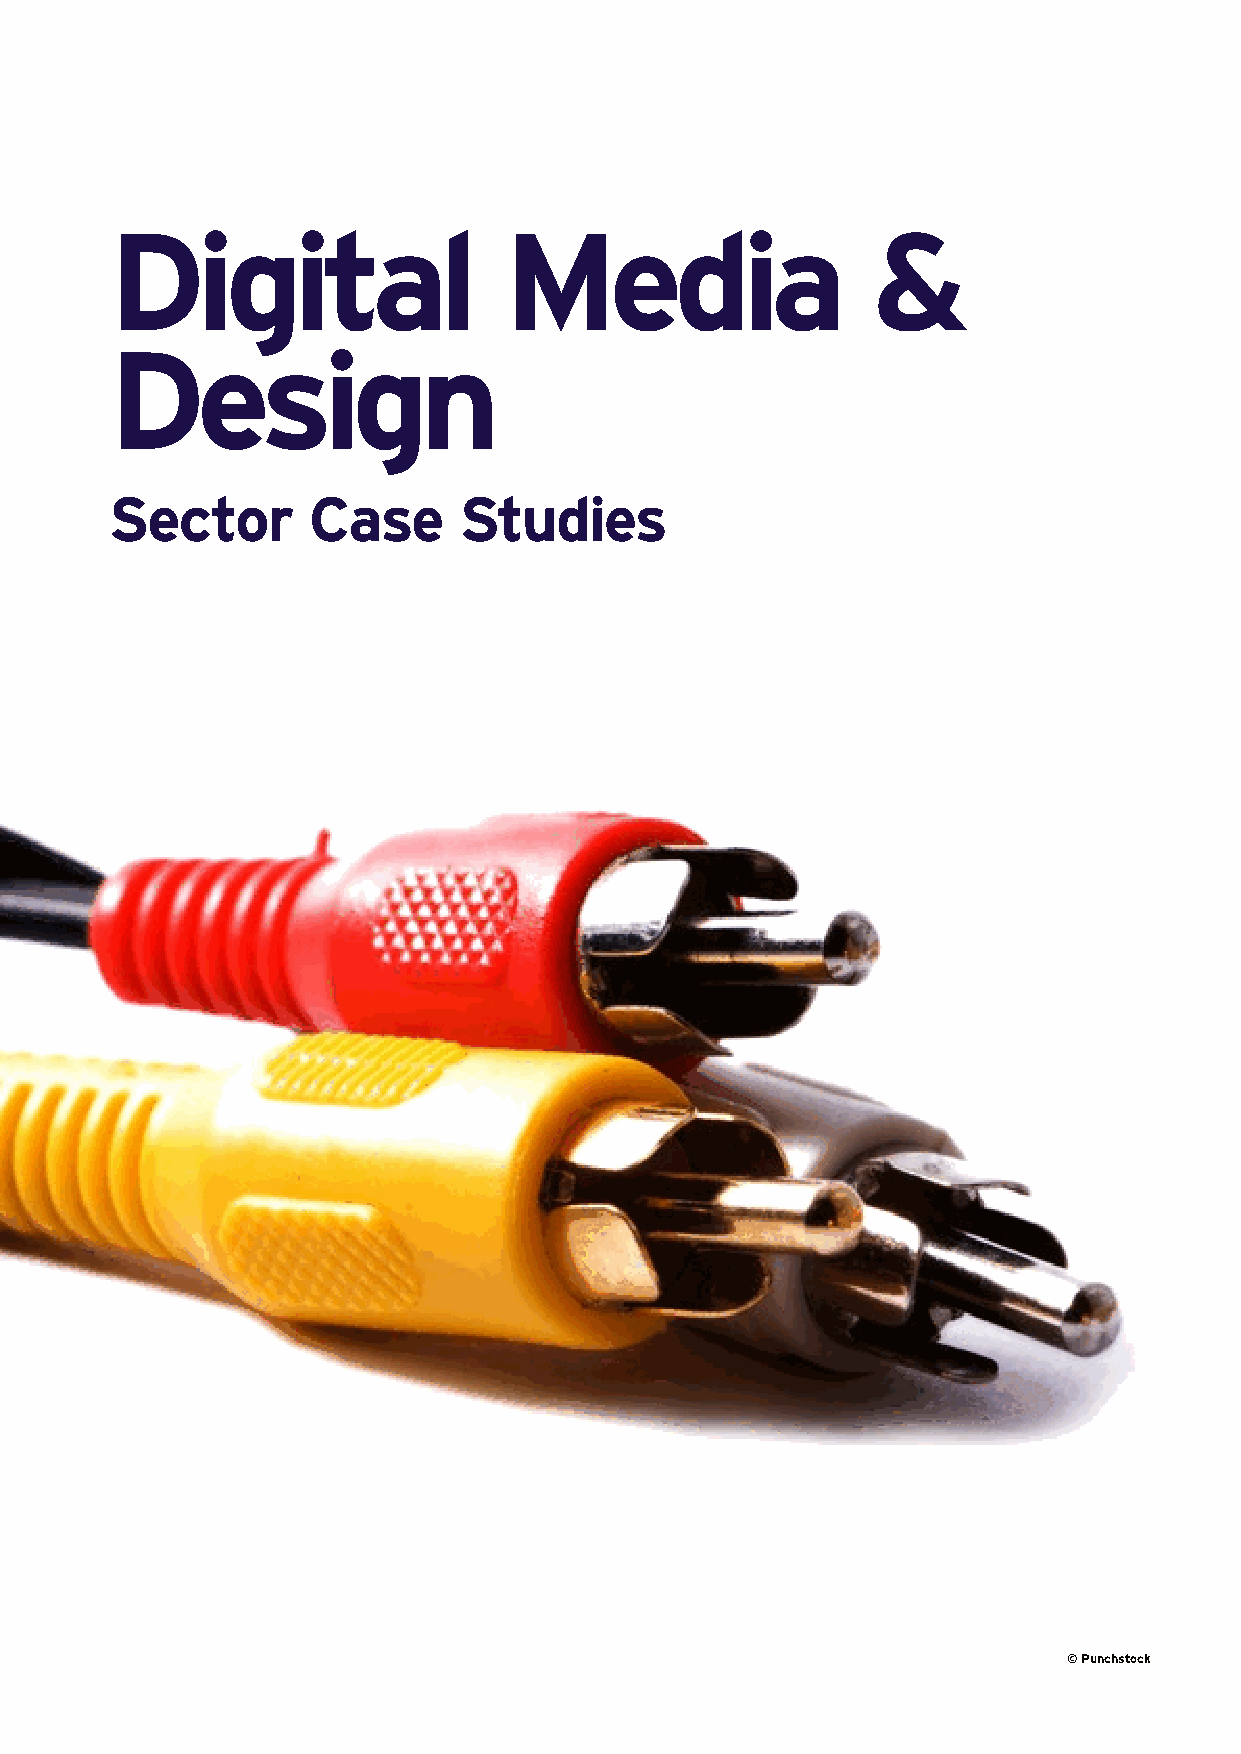
Digital                   Media                    &
 Design
 Sector       Case      Studies
 © Punchstock